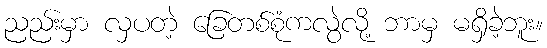
ညည်းမှာ လှပတဲ့ ခြေတစ်စုံကလွဲလို့ ဘာမှ မရှိခဲ့ဘူး။